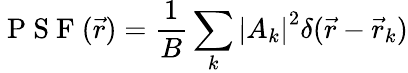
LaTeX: \mathrm{~P~S~F~}(\vec{r})=\frac{1}{B}\sum_{k}\left|A_{k}\right|^{2}\delta(\vec{r}-\vec{r}_{k})